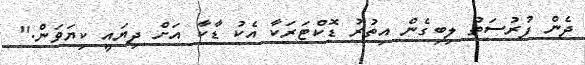
ދެން ފުރުސަތު ލިބިގެން އިތުރު ޑޮކްޓަރަކާ އެކު ޑާކާ އަށް ދިޔައީ ކިޔަވަން."